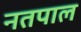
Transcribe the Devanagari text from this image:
नतपाल